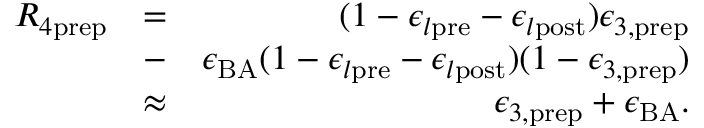
\begin{array} { r l r } { R _ { 4 \mathrm { p r e p } } } & { = } & { ( 1 - \epsilon _ { l \mathrm { p r e } } - \epsilon _ { l \mathrm { p o s t } } ) \epsilon _ { 3 , \mathrm { p r e p } } } \\ & { - } & { \epsilon _ { \mathrm { B A } } ( 1 - \epsilon _ { l \mathrm { p r e } } - \epsilon _ { l \mathrm { p o s t } } ) ( 1 - \epsilon _ { 3 , \mathrm { p r e p } } ) } \\ & { \approx } & { \epsilon _ { 3 , \mathrm { p r e p } } + \epsilon _ { \mathrm { B A } } . } \end{array}